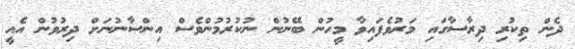
ދެން ތިކުރި ދިރާސާގައި މަރުވެފައިވާ މީހުން ބޭނުން ނުކުރުމުންވެސް އިންސާނުނަށް ދިރުވުން އެއީ